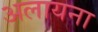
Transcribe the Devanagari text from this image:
अलायना